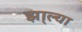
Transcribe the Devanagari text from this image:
झा्ल्या